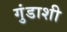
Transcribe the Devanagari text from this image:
गुंडाशी